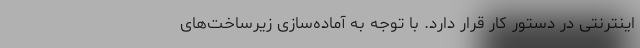
اینترنتی در دستور کار قرار دارد. با توجه به آماده‌سازی زیرساخت‌های